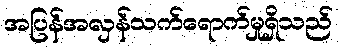
အပြန်အလှန်သက်ရောက်မှုရှိသည်